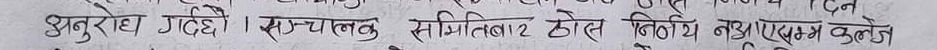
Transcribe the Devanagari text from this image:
अनुरोध गर्दै। संचालक सीमित12 ठोस निर्णय नभएपम्म कलेज